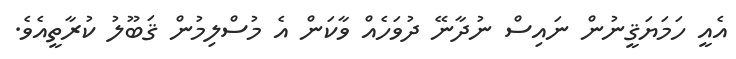
އެއީ ހަމަޔަޤީނުން ނައިސް ނުދާނޭ ދުވަހެއް ވާކަން އެ މުސްލިމުން ޤަބޫލު ކުރާތީއެވެ.